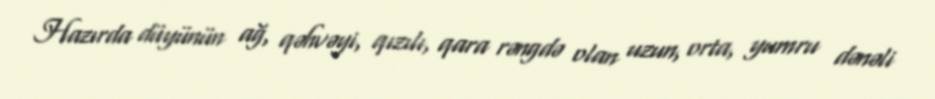
Hazırda düyünün ağ, qəhvəyi, qızılı, qara rəngdə olan uzun, orta, yumru dənəli